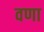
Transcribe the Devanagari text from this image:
वणा